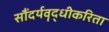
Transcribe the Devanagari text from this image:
सौंदर्यवॄद्धीकरिता